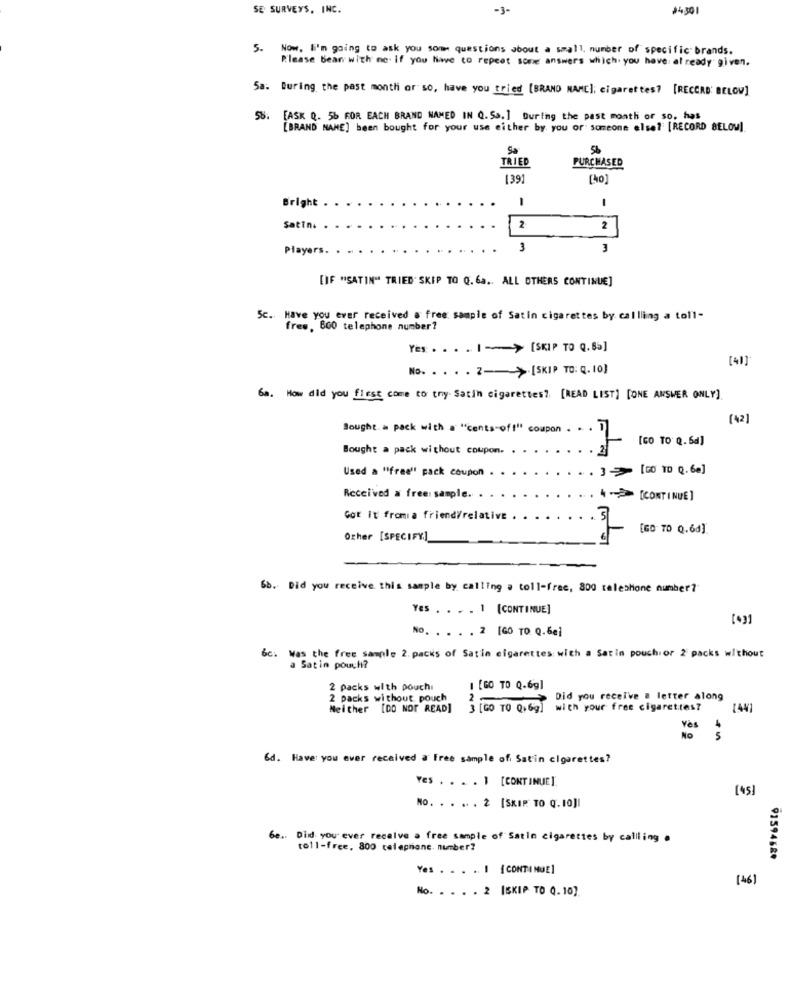
SE SURVEYS, INC.
-3-
24301
5.
Now, I'm going to ask you some questions about a small, number of specific brands.
Please Bear with no. if you have to repeat some answers which. you have already given.
Sa. During the past month or so, have you tried [BRAND NAME]; cigarettes? [RECORD' BELOW]
58.
[ASK Q. 56 FOR EACH BRAND NAMED IN 0.50.] During the past month or so. has
[BRAND NAME] been bought for your use either by you or someone else? [RECORD BELOW].
56
TRIED
PURCHASED
1391
1
1
Bright
Satin.
2
2
Players.
3
[IF "SATIN" TRIED SKIP TO Q. 6a .. ALL OTHERS CONTINUE]
5c. Have you ever received a free sample of Satin cigarettes by callling a toll-
fres, 800 telephone number?
Yes . . . . ] > [SKIP TO Q. B>]
[4]
No. . . . . Z-> [SKIP TO: Q. 10]
68. How did you first come to try Satin cigarettes? [READ LIST] [ONE ANSWER ONLY]
(42)
Sought.a pack with a "cents-off" coupon . . .
[GO TO Q. 6d]
Bought a pack without coupon.
Used a "free" pack coupon
=> [2010 Q.6]
Received a free: sample. .
[CONTINUE ]
Got It fromia friend/relative
[GO TO Q.68]
Other [SPECIFY.]
Sb. Did you receive this sample by calling a toll-free, 800 relephone number?
Yes . . . . 1 [CONTINUE]
No. . . . . 2 [GO TO Q.6e]
6c. Was the free sample 2. packs of Satin cigarettes with a Satin pouchior 2 packs without
a Satin pouch?
2 packs with pouch:
I [GO TO Q.6g]
2 packs without pouch
Did you receive a letter along
Neither [DO NOT READ]
3 [GO TO Q.69]
with your free cigarettes?
[44]
Yès
4
NO
5
&d. Have you ever received a Free sample of Satin cigarettes?
Yes . . . . 1 [CONTINUE]
[45]
NO. . . .. . 2 [SKIP TO Q. 10]|
6e .. Did you ever receive a free sample of Satin cigarettes by calling a
toll-free, 800 telephone number?
91594589
Yes . . . .. I {CONTINUE]
[46]
No. . . . . 2 [SKIP TO 0.10)